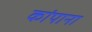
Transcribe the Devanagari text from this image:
कांपाना